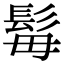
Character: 𩬍